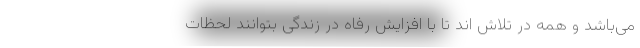
می‌باشد و همه در تلاش اند تا با افزایش رفاه در زندگی بتوانند لحظات